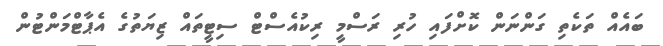
ބައެއް ތަކެތި ގަންނަން ކޮށްފައި ހުރި ރަސްމީ ރިކުއެސްޓް ސިޓީތައް ޒިޔަތުގެ އެޕާޓްމަންޓުން